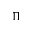
\Pi